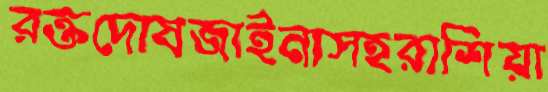
রক্তদোষজাইনাসহরাশিয়া